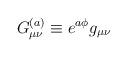
LaTeX: \begin{align*}G^{(a)}_{\mu\nu} \equiv e^{a\phi} g_{\mu\nu}\end{align*}